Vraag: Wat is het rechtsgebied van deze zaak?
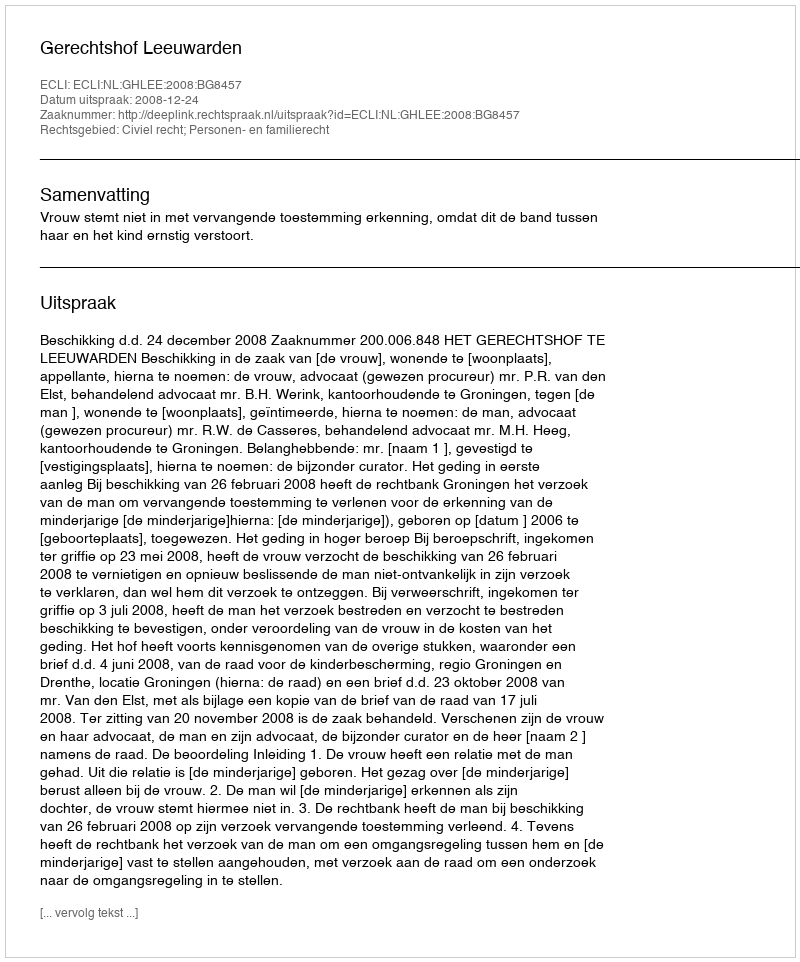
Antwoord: Civiel recht; Personen- en familierecht